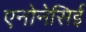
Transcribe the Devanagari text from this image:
एनोनेसिई